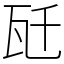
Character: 瓩